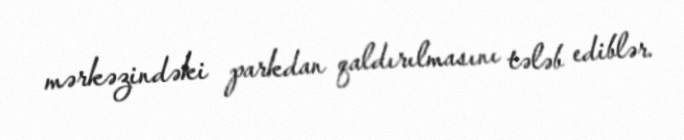
mərkəzindəki parkdan qaldırılmasını tələb ediblər.